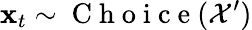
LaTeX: \mathbf{x}_{t}\sim\mathrm{~C~h~o~i~c~e~}(\mathcal{X}^{\prime})